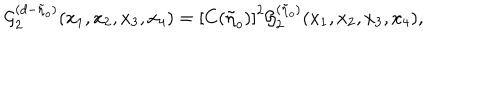
{ \cal { G } } _ { 2 } ^ { ( d - \tilde { \eta } _ { o } ) } ( x _ { 1 } , x _ { 2 } , x _ { 3 } , x _ { 4 } ) = \left[ C ( \tilde { \eta } _ { o } ) \right] ^ { 2 } { \cal { G } } _ { 2 } ^ { ( \tilde { \eta } _ { o } ) } ( x _ { 1 } , x _ { 2 } , x _ { 3 } , x _ { 4 } ) ,